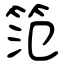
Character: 笵